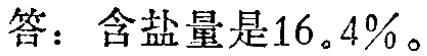
答：含盐量是\(16.4\%\)。